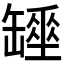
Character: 𦉖